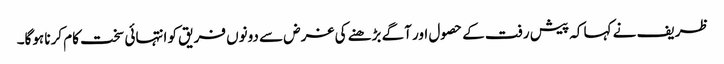
ظریف نے کہا کہ پیش رفت کے حصول اور آگے بڑھنے کی غرض سے دونوں فریق کو انتہائی سخت کام کرنا ہوگا۔